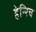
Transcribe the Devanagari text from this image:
हेन्‍रिच